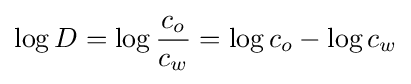
\log {D}=\log {\frac {c_{o}}{c_{w}}}=\log c_{o}-\log c_{w}